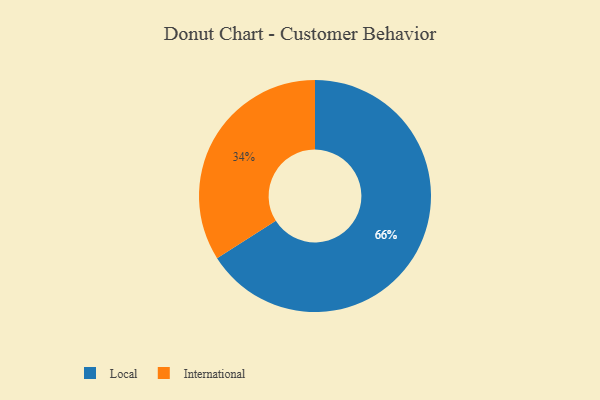
{"axis": {"x": "Category", "y": "Percentage"}, "legend": ["International", "Local"], "data": [{"x": "Local", "y": 66, "type": "Local"}, {"x": "International", "y": 34, "type": "International"}]}